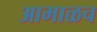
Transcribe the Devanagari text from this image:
आभाळच